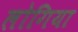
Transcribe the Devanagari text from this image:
लोगिया